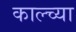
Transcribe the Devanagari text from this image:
काल्च्या